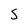
Character: S